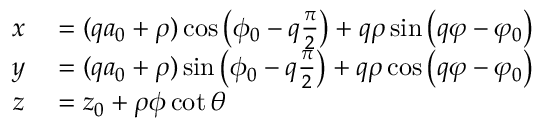
\begin{array} { r l } { x } & { { } = ( q a _ { 0 } + \rho ) \cos \left( \phi _ { 0 } - q \frac { \pi } { 2 } \right) + q \rho \sin \left( q \varphi - \varphi _ { 0 } \right) } \\ { y } & { { } = ( q a _ { 0 } + \rho ) \sin \left( \phi _ { 0 } - q \frac { \pi } { 2 } \right) + q \rho \cos \left( q \varphi - \varphi _ { 0 } \right) } \\ { z } & { { } = z _ { 0 } + \rho \phi \cot { \theta } } \end{array}